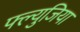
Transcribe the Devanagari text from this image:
फ्ल्युजिया